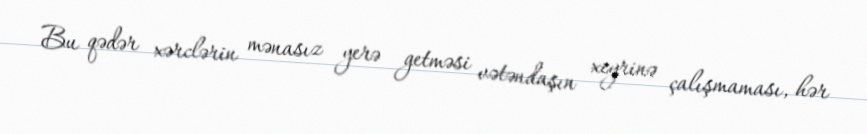
Bu qədər xərclərin mənasız yerə getməsi vətəndaşın xeyrinə çalışmaması, hər